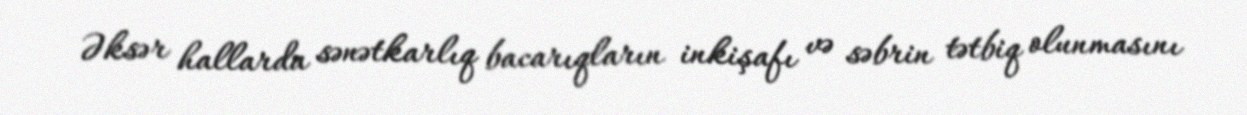
Əksər hallarda sənətkarlıq bacarıqların inkişafı və səbrin tətbiq olunmasını